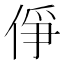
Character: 鿇